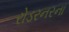
રોડરનરના